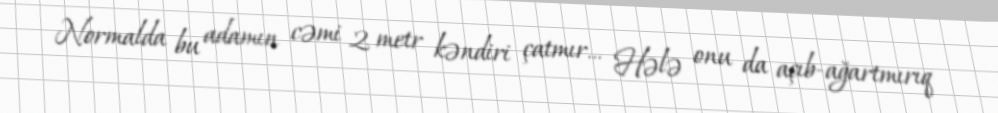
Normalda bu adamın cəmi 2 metr kəndiri çatmır... Hələ onu da açıb-ağartmırıq